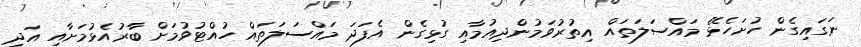
ނަގައިގެން ހުށަހެޅޭ މައްސަލަތައް އިތުރުވަމުންދިއުމާއި ގުޅިގެން އެފަދަ މައްސަލަތައް ހުއްޓުވުމަށް ބާރުއެޅުމަށާއި އަދި